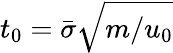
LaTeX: t_{0}=\bar{\sigma}\sqrt{m/u_{0}}